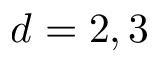
d = 2 , 3